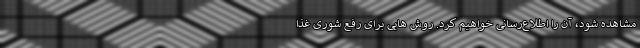
مشاهده شود، آن را اطلاع‌رسانی خواهیم کرد. روش هایی برای رفع شوری غذا